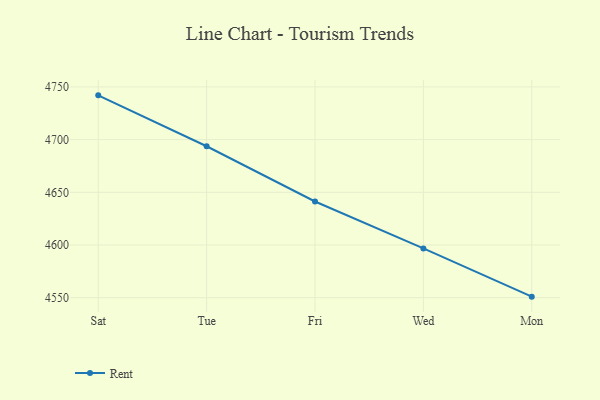
{"axis": {"x": "Day", "y": "Revenue (USD Million)"}, "legend": ["Rent"], "data": [{"x": "Sat", "y": 4742.0, "type": "Rent"}, {"x": "Tue", "y": 4693.7, "type": "Rent"}, {"x": "Fri", "y": 4641.3, "type": "Rent"}, {"x": "Wed", "y": 4596.8, "type": "Rent"}, {"x": "Mon", "y": 4551.0, "type": "Rent"}]}